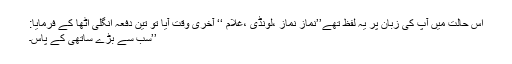
اس حالت میں آپ کی زبان پر یہ لفظ تھے’’نماز نماز ،لونڈی ،غلام ‘‘ آخری وقت آیا تو تین دفعہ انگلی اُٹھا کے فرمایا:
’’سب سے بڑے ساتھی کے پاس۔